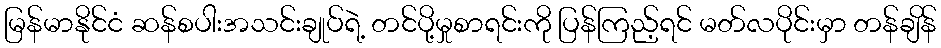
မြန်မာနိုင်ငံ ဆန်စပါးအသင်းချုပ်ရဲ့ တင်ပို့မှုစာရင်းကို ပြန်ကြည့်ရင် မတ်လပိုင်းမှာ တန်ချိန်